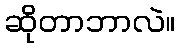
ဆိုတာဘာလဲ။